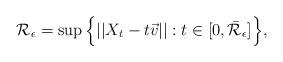
LaTeX: \begin{align*}\mathcal{R}_{\epsilon} = \sup\Big\{||X_{t}- t \vec{v}||: t \in [0, \bar{\mathcal{R}}_{\epsilon}]\Big\},\end{align*}